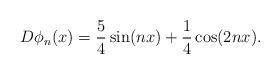
LaTeX: \begin{align*}D\phi_n(x)=\frac{5}{4}\sin(nx)+\frac{1}{4}\cos(2 nx).\end{align*}